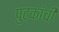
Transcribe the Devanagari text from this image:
पुटकांची